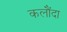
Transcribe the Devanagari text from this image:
कलौंदा